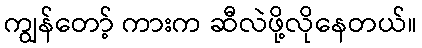
ကျွန်တော့် ကားက ဆီလဲဖို့လိုနေတယ်။